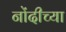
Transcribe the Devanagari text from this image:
नोंदीच्या